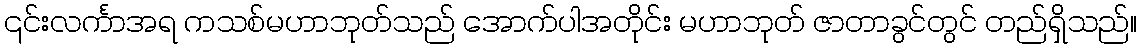
၎င်းလင်္ကာအရ ကသစ်မဟာဘုတ်သည် အောက်ပါအတိုင်း မဟာဘုတ် ဇာတာခွင်တွင် တည်ရှိသည်။